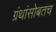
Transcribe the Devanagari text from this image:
ग्रंथांसोबतच